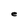
Character: e